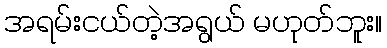
အရမ်းငယ်တဲ့အရွယ် မဟုတ်ဘူး။